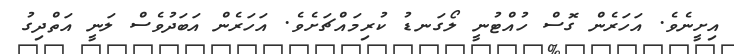
އިށީނެވެ. އަހަރެން ގޮސް ހުއްޓުނީ ލޯގަނޑު ކުރިމައްޗަށެވެ. އަހަރެން އަބަދުވެސް ލަނީ އަތްދިގު